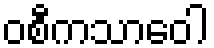
ဝစီကသာဝေါ